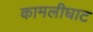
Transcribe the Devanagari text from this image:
कामलीघाट